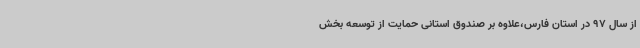
از سال 97 در استان فارس،علاوه بر صندوق استانی حمایت از توسعه بخش